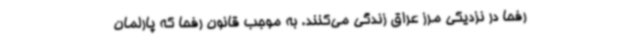
رفحا در نزدیکی مرز عراق زندگی می‌کنند. به موجب قانون رفحا که پارلمان